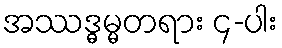
အဿဒ္ဓမ္မတရား ၄-ပါး